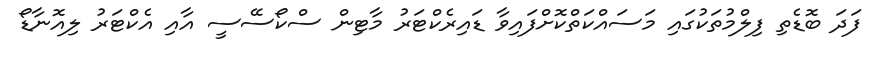
ފަދަ ބޮޑެތި ފިލްމުތަކުގައި މަސައްކަތްކޮށްފައިވާ ޑައިރެކްޓަރު މާޓިން ސްކޯސޭސީ އާއި އެކްޓަރު ލިއޮނާޑޯ